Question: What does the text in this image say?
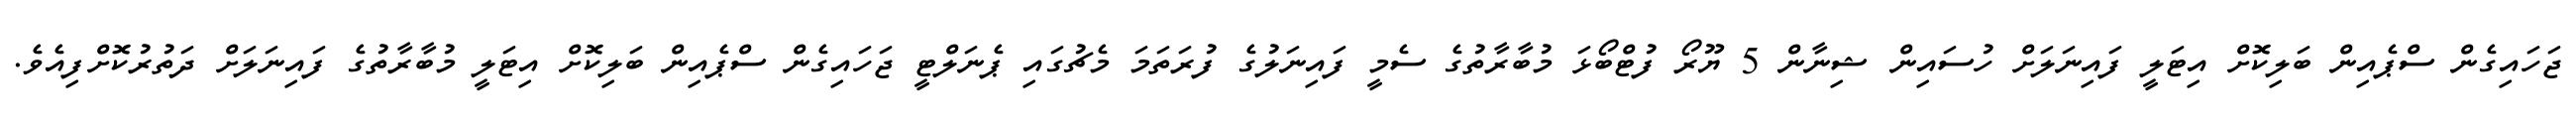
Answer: ޖަހައިގެން ސްޕެއިން ބަލިކޮށް އިޓަލީ ފައިނަލަށް ހުސައިން ޝިނާން 5 ޔޫރޯ ފުޓްބޯޅަ މުބާރާތުގެ ސެމީ ފައިނަލުގެ ފުރަތަމަ މެޗުގައި ޕެނަލްޓީ ޖަހައިގެން ސްޕެއިން ބަލިކޮށް އިޓަލީ މުބާރާތުގެ ފައިނަލަށް ދަތުރުކޮށްފިއެވެ.